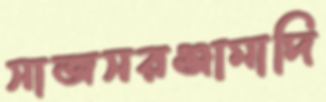
সাজসরঞ্জামাদি